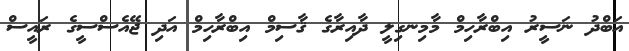
އަބްދު ނަސީރު އިބްރާހިމް މާމިނގިލީ ދާއިރާގެ ޤާސިމް އިބްރާހިމް އަދި ޖޭއެސްސީގެ ރައީސް